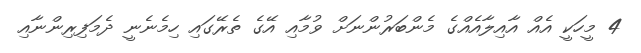
4 މީހަކީ އެއް އާއިލާއެއްގެ މެންބަރުންނަށް ވުމާއި އޭގެ ތެރޭގައި ހިމެނެނީ ދެމަފިރިންނާއި